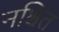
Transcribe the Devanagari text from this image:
नश्चित